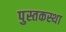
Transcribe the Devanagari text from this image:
पुस्तकस्था